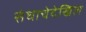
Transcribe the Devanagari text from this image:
संघाचेदेखिल